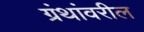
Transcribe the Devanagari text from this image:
ग्रंथांवरील